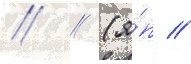
// / (я́п //